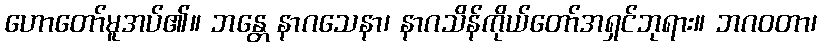
ဟောတော်မူအပ်၏။ ဘန္တေ နာဂသေနာ၊ နာဂသိန်ကိုယ်တော်အရှင်ဘုရား။ ဘဂဝတာ၊